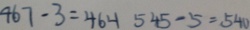
4 6 7 - 3 = 4 6 4 5 4 5 - 5 = 5 4 0